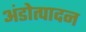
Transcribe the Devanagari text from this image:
अंडोत्पादन